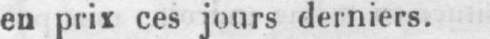
en prix ces jours derniers.